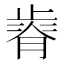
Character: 𣦒